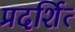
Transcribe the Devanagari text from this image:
प्रदर्शित्‍